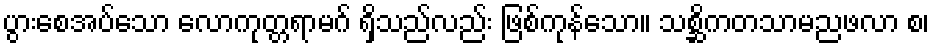
ပွားစေအပ်သော လောကုတ္တရာမဂ် ရှိသည်လည်း ဖြစ်ကုန်သော။ သစ္ဆိကတသာမညဖလာ စ၊